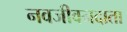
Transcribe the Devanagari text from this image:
नवजीवनदाता